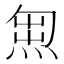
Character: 𭵇